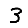
Digit: 3